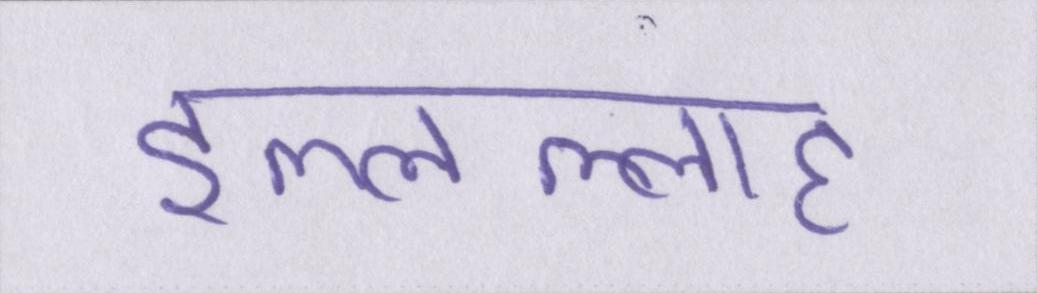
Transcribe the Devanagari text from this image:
इल्लल्लाह